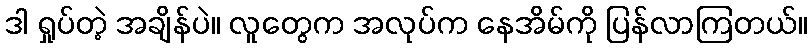
ဒါ ရှုပ်တဲ့ အချိန်ပဲ။ လူတွေက အလုပ်က နေအိမ်ကို ပြန်လာကြတယ်။